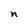
Character: n